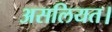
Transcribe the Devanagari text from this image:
असलियत।